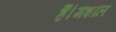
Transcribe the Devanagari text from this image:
हैं।मशाल